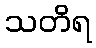
သတိရ